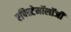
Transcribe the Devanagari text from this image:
एपिस्टेमॉलॉजी